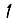
Digit: 1